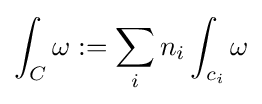
\int _{C}\omega :=\sum _{i}n_{i}\int _{c_{i}}\omega